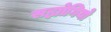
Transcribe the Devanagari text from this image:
सह्योगियो